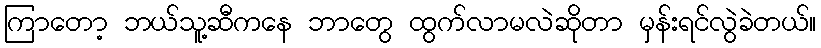
ကြာတော့ ဘယ်သူ့ဆီကနေ ဘာတွေ ထွက်လာမလဲဆိုတာ မှန်းရင်လွဲခဲတယ်။